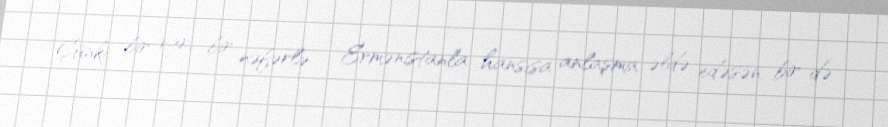
Çünki bir var, bir nəfərlə - Ermənistanla hansısa anlaşma əldə edəsən, bir də